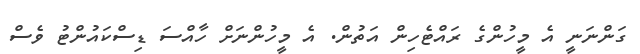
ގަންނަނީ އެ މީހުންގެ ރައްޓެހިން އަތުން. އެ މީހުންނަށް ހާއްސަ ޑިސްކައުންޓު ވެސް